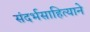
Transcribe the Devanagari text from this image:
संदर्भसाहित्याने